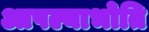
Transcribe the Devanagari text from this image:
आपल्याभोति